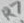
Text: R7